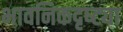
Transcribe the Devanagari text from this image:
भावनिकदृष्‍ट्या